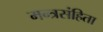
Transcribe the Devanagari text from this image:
मन्त्रसंहिता